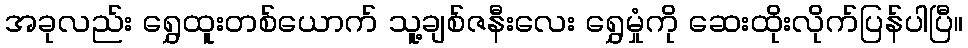
အခုလည်း ရွှေထူးတစ်ယောက် သူ့ချစ်ဇနီးလေး ရွှေမှုံကို ဆေးထိုးလိုက်ပြန်ပါပြီ။